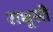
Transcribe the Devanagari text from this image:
राधृसी